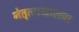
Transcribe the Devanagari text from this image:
नेतृत्वाखालचा